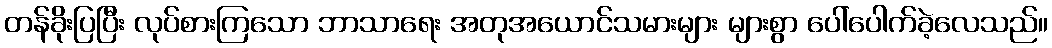
တန်ခိုးပြပြီး လုပ်စားကြသော ဘာသာရေး အတုအယောင်သမားများ များစွာ ပေါ်ပေါက်ခဲ့လေသည်။